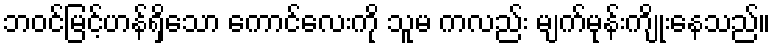
ဘဝင်မြင့်ဟန်ရှိသော ကောင်လေးကို သူမ ကလည်း မျက်မုန်းကျိုးနေသည်။